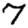
Digit: 7